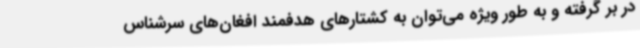
در بر گرفته و به طور ویژه می‌توان به کشتارهای هدفمند افغان‌های سرشناس